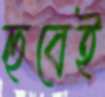
হুবেই